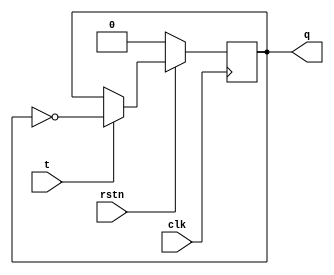
`timescale 1ns / 1ps
//////////////////////////////////////////////////////////////////////////////////
// Company: 
// Engineer: 
// 
// Design Name: 
// Module Name: tff
// Project Name: 
// Target Devices: 
// Tool Versions: 
// Description: 
// 
// Dependencies: 
// 
// Revision:
// Revision 0.01 - File Created
// Additional Comments:
// 
//////////////////////////////////////////////////////////////////////////////////

module tff ( input clk, input rstn, input t, output reg q);  
  
  always @ (posedge clk) begin  
    if (!rstn)  
      q <= 0;  
    else  
        if (t)  
            q <= ~q;  
        else  
            q <= q;  
  end  
endmodule